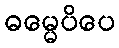
ဓမ္မေပိပေ